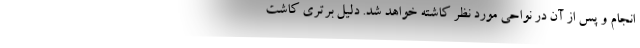
انجام و پس از آن در نواحی مورد نظر کاشته خواهد شد. دلیل برتری کاشت